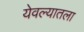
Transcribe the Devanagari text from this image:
येवल्यातला